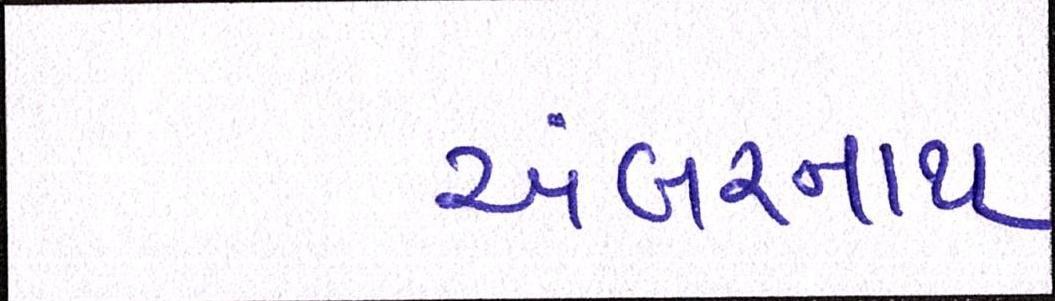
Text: અંબરનાથ